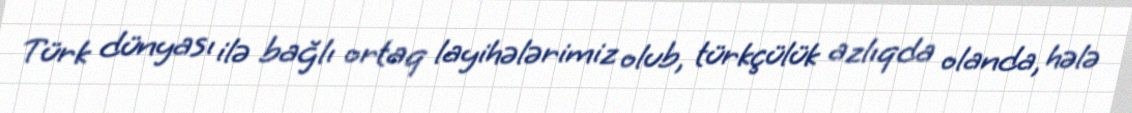
Türk dünyası ilə bağlı ortaq layihələrimiz olub, türkçülük azlıqda olanda, hələ